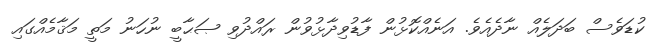
ކުޑަވެސް ބަދަލެއް ނާދެއެވެ. އަނެއްކޮޅުން ފާޑުވިދާޅުވުން ރައްދުވި ޞަޙާބީ ނުހަނު މަތީ މަޤާމެއްގައި